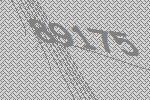
89175